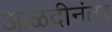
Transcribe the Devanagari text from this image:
आळंदीनंतर